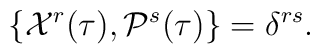
\{{\cal X}^r(\tau),{\cal P}^s(\tau)\}=\delta^{rs}.